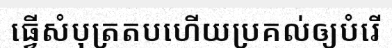
ធ្វើសំបុត្រតបហើយប្រគល់ឲ្យបំរើ